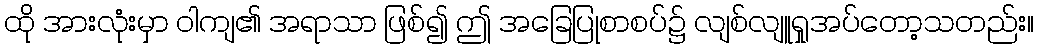
ထို အားလုံးမှာ ဝါကျ၏ အရာသာ ဖြစ်၍ ဤ အခြေပြုစာစပ်၌ လျစ်လျူရှုအပ်တော့သတည်း။